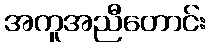
အကူအညီတောင်း